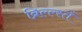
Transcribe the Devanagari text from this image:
ब्रिल्ल्स्तें